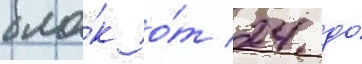
бло́к о́т 24 до́